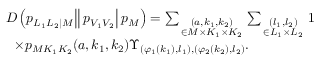
\begin{array} { r l } & { \left. \left. \left. D \left( p _ { L _ { 1 } L _ { 2 } | M } \right| \right| p _ { V _ { 1 } V _ { 2 } } \right| p _ { M } \right) = \sum _ { \scriptstyle ( a , k _ { 1 } , k _ { 2 } ) \atop { \scriptstyle \in { \cal M } \times { \cal K } _ { 1 } \times { \cal K } _ { 2 } } } \sum _ { \scriptstyle ( l _ { 1 } , l _ { 2 } ) \atop { \scriptstyle \in { \cal L } _ { 1 } \times { \cal L } _ { 2 } } } 1 } \\ & { \quad \times p _ { M K _ { 1 } K _ { 2 } } ( a , k _ { 1 } , k _ { 2 } ) \Upsilon _ { ( \varphi _ { 1 } ( k _ { 1 } ) , l _ { 1 } ) , ( \varphi _ { 2 } ( k _ { 2 } ) , l _ { 2 } ) } . } \end{array}